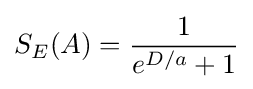
S_{E}(A)={\frac {1}{e^{D/a}+1}}